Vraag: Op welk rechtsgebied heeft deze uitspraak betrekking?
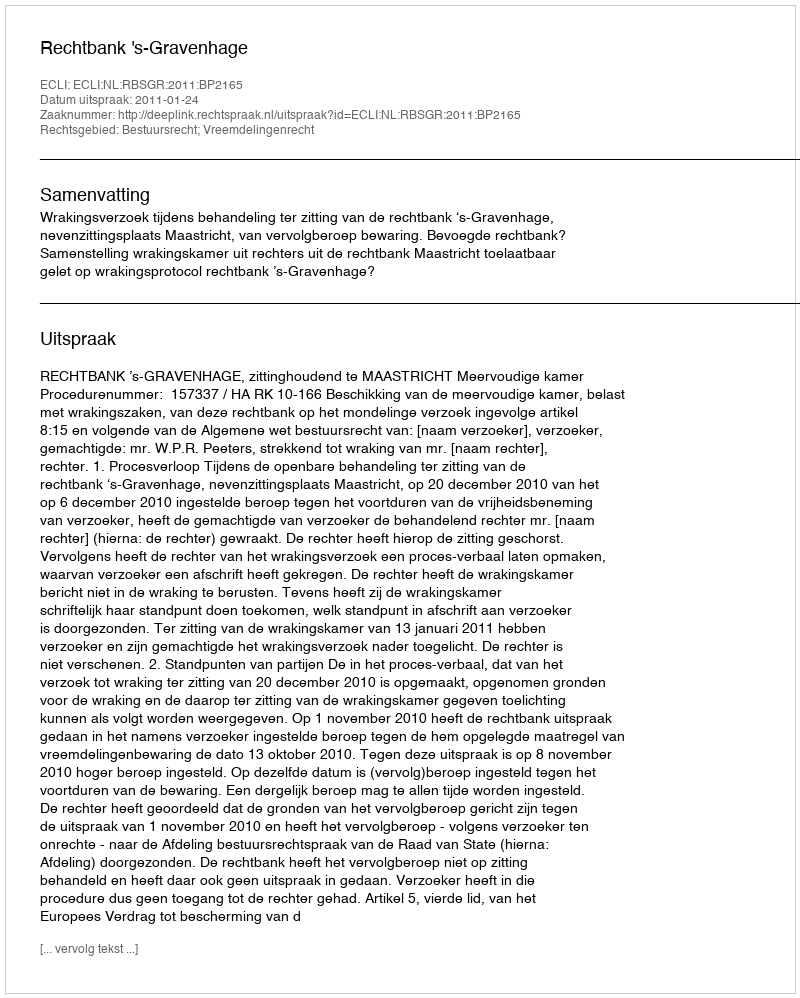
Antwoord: Bestuursrecht; Vreemdelingenrecht